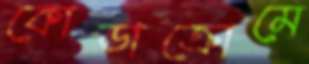
কোডাক্রোমে